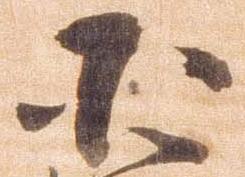
小